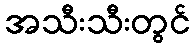
အသီးသီးတွင်